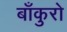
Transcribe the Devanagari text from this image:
बाँकुरो